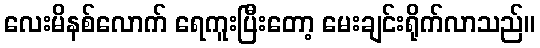
လေးမိနစ်လောက် ရေကူးပြီးတော့ မေးချင်းရိုက်လာသည်။